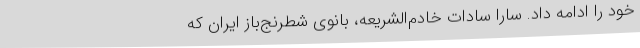
خود را ادامه داد. سارا سادات خادم‌الشریعه، بانوی شطرنج‌باز ایران که